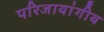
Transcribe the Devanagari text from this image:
परिजायांगीय